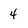
Character: 4